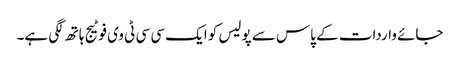
جائے واردات کے پاس سے پولیس کو ایک سی سی ٹی وی فوٹیج ہاتھ لگی ہے۔